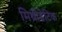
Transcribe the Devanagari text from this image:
मिथ्रीडेटिक